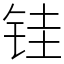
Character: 𫓯